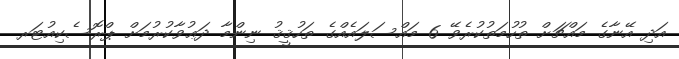
އަދި އޭނާގެ މައްޗަށް ތުހުމަތުކުރެވޭ 6 މައްސަލައެއްގެ ތަހުޤީޤު ނިންމާ ދަޢުވާކުރުމަށް ޕްރޮސެކިއުޓަރ